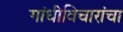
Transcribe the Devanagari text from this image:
गांधीविचारांचा